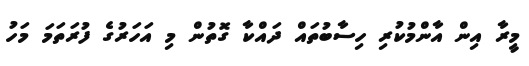
މީރާ އިން އާންމުކުރި ހިސާބުތައް ދައްކާ ގޮތުން މި އަހަރުގެ ފުރަތަމަ މަހު